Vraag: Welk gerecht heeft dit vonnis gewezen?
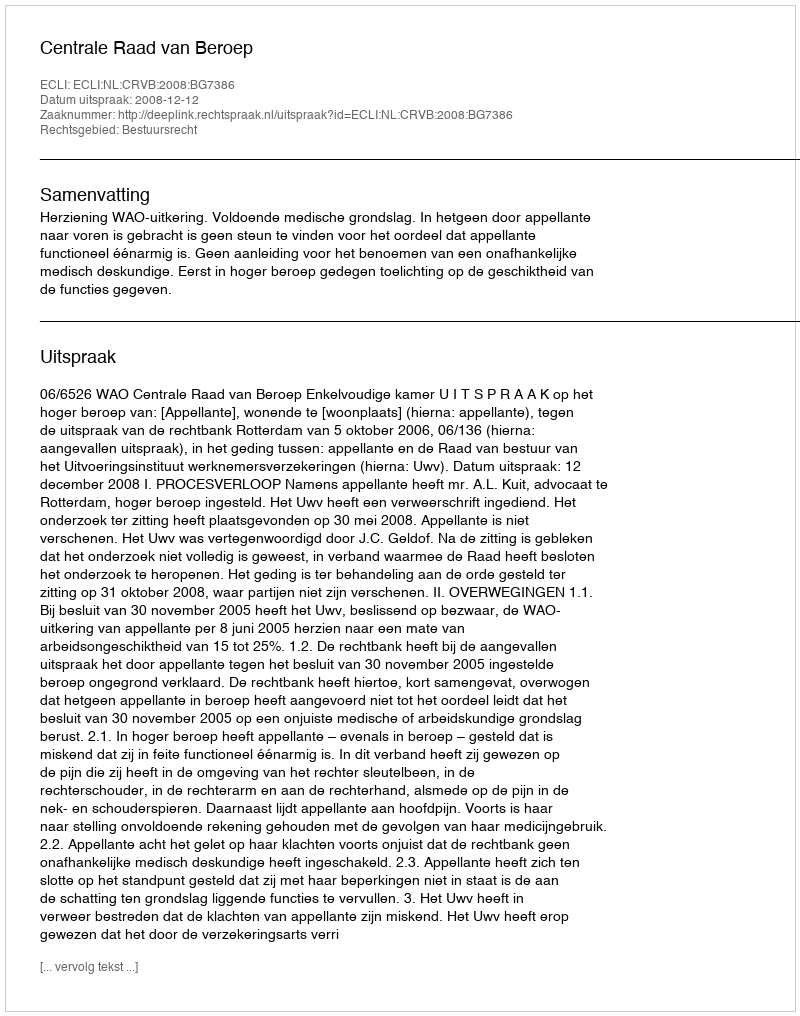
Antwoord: Centrale Raad van Beroep